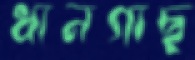
ধানগাছ